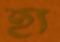
হ্য